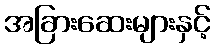
အခြားဆေးများနှင့်